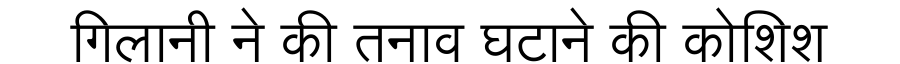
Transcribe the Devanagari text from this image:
गिलानी ने की तनाव घटाने की कोशिश